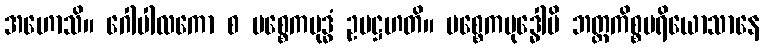
အဟောသိ။ ဂေါပါလကော စ ပစ္စေကဗုဒ္ဓံ ဥပဋ္ဌဟတိ။ ပစ္စေကဗုဒ္ဓေါပိ ဘတ္တကိစ္စပရိယောသာနေ